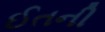
ઈતની